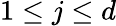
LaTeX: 1\leq j\leq d